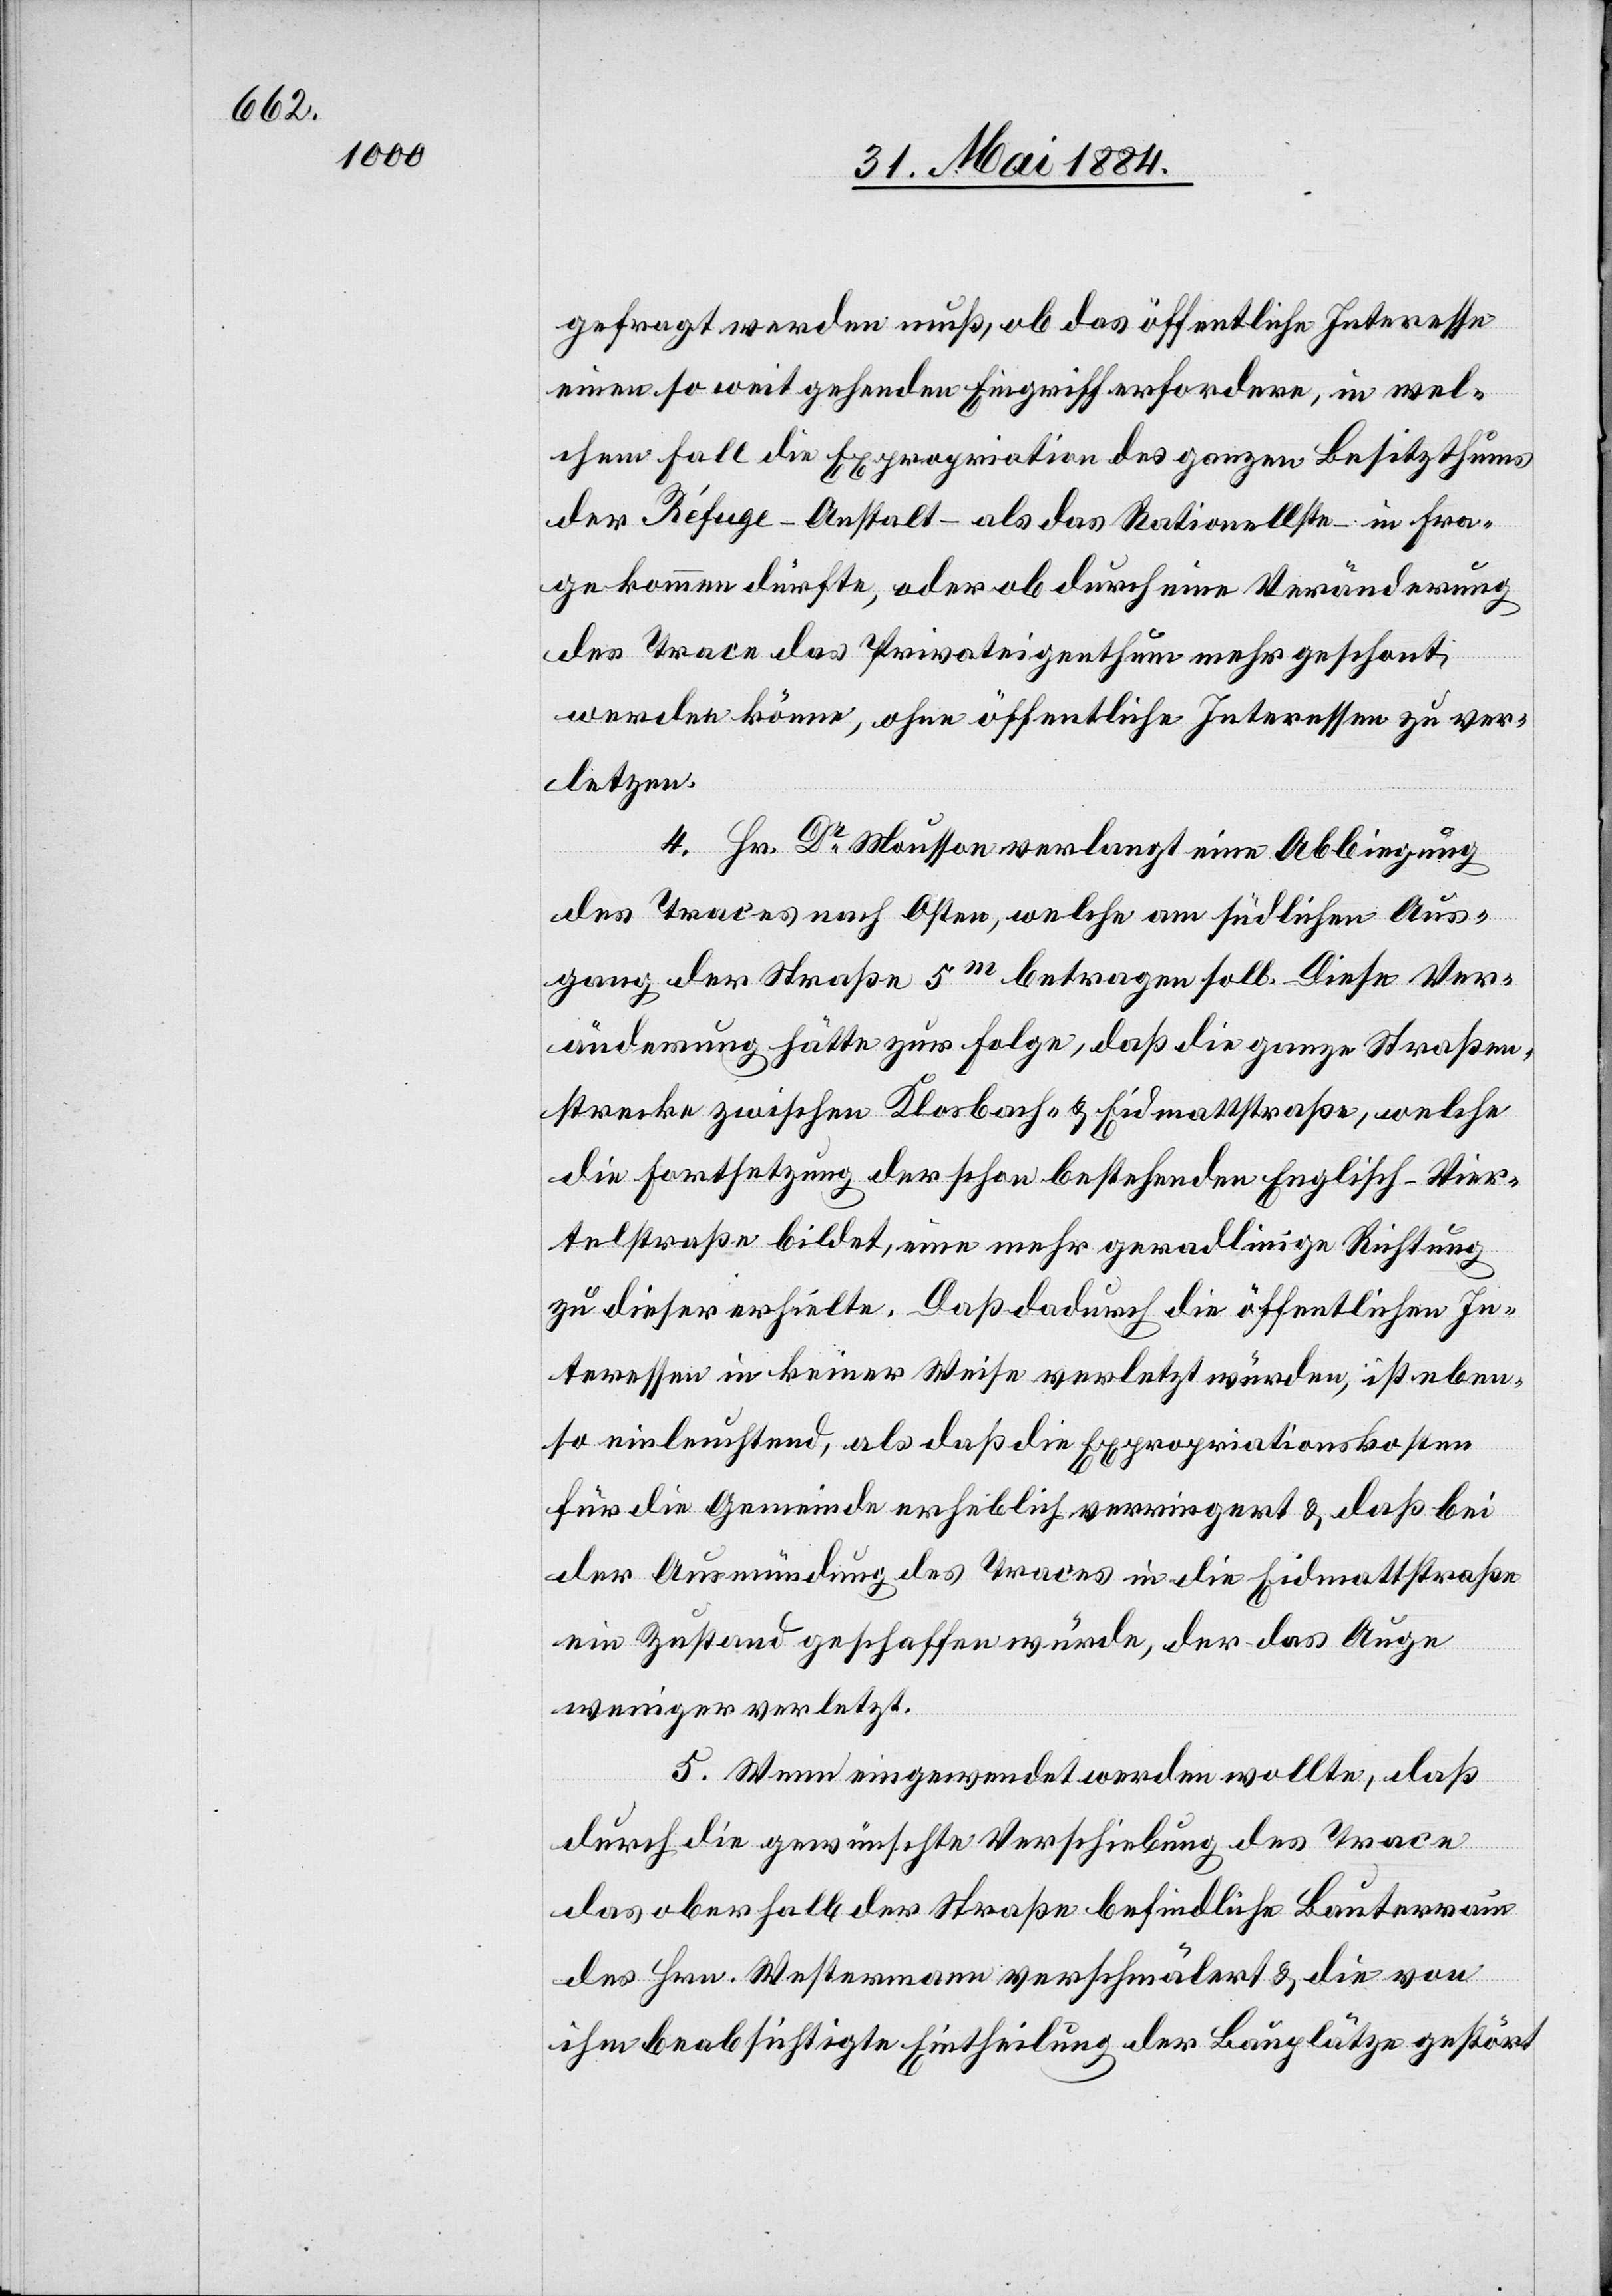
gefragt werden muß, ob das öffentliche Interesse
einen so weit gehenden Eingriff erfordere, in wel¬
chem Fall die Expropriation des ganzen Besitzthums
der Réfuge-Anstalt – als das Rationellste – in Fra¬
ge kommen dürfte, oder ob durch eine Veränderung
des Trace das Privateigenthum mehr geschont
werden könne, ohne öffentliche Interessen zu ver¬
letzen.
4. Hr. Dr Mousson verlangt eine Abbiegung
des Traces nach Osten, welche am südlichen Aus¬
gang der Straße 5m betragen soll. Diese Ver¬
änderung hätte zur Folge, daß die ganze Straßen¬
strecke zwischen Klosbach- & Eidmattstraße, welche
die Fortsetzung der schon bestehenden Englisch-Vier¬
telstraße bildet, eine mehr geradlinige Richtung
zu dieser erhielte. Daß dadurch die öffentlichen In¬
teressen in keiner Wiese verletzt würden, ist eben¬
so einleuchtend, als daß die Expropriationskosten
für die Gemeinde erheblich verringert & daß bei
der Ausmündung des Traces in die Eidmattstraße
ein Zustand geschaffen würde, der das Auge
weniger verletzt.
5. Wenn eingewendet werden wollte, daß
durch die gewünschte Verschiebung des Trace
das oberhalb der Straße befindliche Bauterrain
des Hrn. Westermann verschmälert & die von
ihm beabsichtigte Eintheilung der Bauplätze gestört